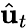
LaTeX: {\hat{\mathbf{u}}}_{t}